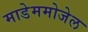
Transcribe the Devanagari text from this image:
माडेममोजेल